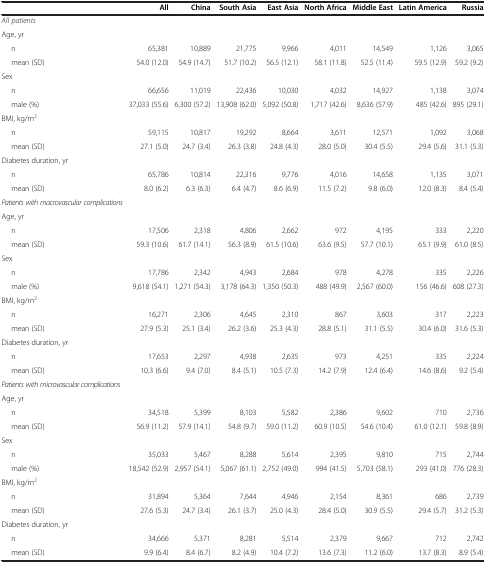
<table><thead><tr><td><b> </b></td><td><b>All</b></td><td><b>China</b></td><td><b>South Asia</b></td><td><b>East Asia</b></td><td><b>North Africa</b></td><td><b>Middle East</b></td><td><b>Latin America</b></td><td><b>Russia</b></td></tr></thead><tbody><tr><td><i>All patients</i></td><td> </td><td> </td><td> </td><td> </td><td> </td><td> </td><td> </td><td> </td></tr><tr><td>Age, yr</td><td> </td><td> </td><td> </td><td> </td><td> </td><td> </td><td> </td><td> </td></tr><tr><td>n</td><td>65,381</td><td>10,889</td><td>21,775</td><td>9,966</td><td>4,011</td><td>14,549</td><td>1,126</td><td>3,065</td></tr><tr><td>mean (SD)</td><td>54.0 (12.0)</td><td>54.9 (14.7)</td><td>51.7 (10.2)</td><td>56.5 (12.1)</td><td>58.1 (11.8)</td><td>52.5 (11.4)</td><td>59.5 (12.9)</td><td>59.2 (9.2)</td></tr><tr><td>Sex</td><td> </td><td> </td><td> </td><td> </td><td> </td><td> </td><td> </td><td> </td></tr><tr><td>n</td><td>66,656</td><td>11,019</td><td>22,436</td><td>10,030</td><td>4,032</td><td>14,927</td><td>1,138</td><td>3,074</td></tr><tr><td>male (%)</td><td>37,033 (55.6)</td><td>6,300 (57.2)</td><td>13,908 (62.0)</td><td>5,092 (50.8)</td><td>1,717 (42.6)</td><td>8,636 (57.9)</td><td>485 (42.6)</td><td>895 (29.1)</td></tr><tr><td>BMI, kg/m<sup>2</sup></td><td> </td><td> </td><td> </td><td> </td><td> </td><td> </td><td> </td><td> </td></tr><tr><td>n</td><td>59,115</td><td>10,817</td><td>19,292</td><td>8,664</td><td>3,611</td><td>12,571</td><td>1,092</td><td>3,068</td></tr><tr><td>mean (SD)</td><td>27.1 (5.0)</td><td>24.7 (3.4)</td><td>26.3 (3.8)</td><td>24.8 (4.3)</td><td>28.0 (5.0)</td><td>30.4 (5.5)</td><td>29.4 (5.6)</td><td>31.1 (5.3)</td></tr><tr><td>Diabetes duration, yr</td><td> </td><td> </td><td> </td><td> </td><td> </td><td> </td><td> </td><td> </td></tr><tr><td>n</td><td>65,786</td><td>10,814</td><td>22,316</td><td>9,776</td><td>4,016</td><td>14,658</td><td>1,135</td><td>3,071</td></tr><tr><td>mean (SD)</td><td>8.0 (6.2)</td><td>6.3 (6.3)</td><td>6.4 (4.7)</td><td>8.6 (6.9)</td><td>11.5 (7.2)</td><td>9.8 (6.0)</td><td>12.0 (8.3)</td><td>8.4 (5.4)</td></tr><tr><td><i>Patients with macrovascular complications</i></td><td> </td><td> </td><td> </td><td> </td><td> </td><td> </td><td> </td><td> </td></tr><tr><td>Age, yr</td><td> </td><td> </td><td> </td><td> </td><td> </td><td> </td><td> </td><td> </td></tr><tr><td>n</td><td>17,506</td><td>2,318</td><td>4,806</td><td>2,662</td><td>972</td><td>4,195</td><td>333</td><td>2,220</td></tr><tr><td>mean (SD)</td><td>59.3 (10.6)</td><td>61.7 (14.1)</td><td>56.3 (8.9)</td><td>61.5 (10.6)</td><td>63.6 (9.5)</td><td>57.7 (10.1)</td><td>65.1 (9.9)</td><td>61.0 (8.5)</td></tr><tr><td>Sex</td><td> </td><td> </td><td> </td><td> </td><td> </td><td> </td><td> </td><td> </td></tr><tr><td>n</td><td>17,786</td><td>2,342</td><td>4,943</td><td>2,684</td><td>978</td><td>4,278</td><td>335</td><td>2,226</td></tr><tr><td>male (%)</td><td>9,618 (54.1)</td><td>1,271 (54.3)</td><td>3,178 (64.3)</td><td>1,350 (50.3)</td><td>488 (49.9)</td><td>2,567 (60.0)</td><td>156 (46.6)</td><td>608 (27.3)</td></tr><tr><td>BMI, kg/m<sup>2</sup></td><td> </td><td> </td><td> </td><td> </td><td> </td><td> </td><td> </td><td> </td></tr><tr><td>n</td><td>16,271</td><td>2,306</td><td>4,645</td><td>2,310</td><td>867</td><td>3,603</td><td>317</td><td>2,223</td></tr><tr><td>mean (SD)</td><td>27.9 (5.3)</td><td>25.1 (3.4)</td><td>26.2 (3.6)</td><td>25.3 (4.3)</td><td>28.8 (5.1)</td><td>31.1 (5.5)</td><td>30.4 (6.0)</td><td>31.6 (5.3)</td></tr><tr><td>Diabetes duration, yr</td><td> </td><td> </td><td> </td><td> </td><td> </td><td> </td><td> </td><td> </td></tr><tr><td>n</td><td>17,653</td><td>2,297</td><td>4,938</td><td>2,635</td><td>973</td><td>4,251</td><td>335</td><td>2,224</td></tr><tr><td>mean (SD)</td><td>10.3 (6.6)</td><td>9.4 (7.0)</td><td>8.4 (5.1)</td><td>10.5 (7.3)</td><td>14.2 (7.9)</td><td>12.4 (6.4)</td><td>14.6 (8.6)</td><td>9.2 (5.4)</td></tr><tr><td><i>Patients with microvascular complications</i></td><td> </td><td> </td><td> </td><td> </td><td> </td><td> </td><td> </td><td> </td></tr><tr><td>Age, yr</td><td> </td><td> </td><td> </td><td> </td><td> </td><td> </td><td> </td><td> </td></tr><tr><td>n</td><td>34,518</td><td>5,399</td><td>8,103</td><td>5,582</td><td>2,386</td><td>9,602</td><td>710</td><td>2,736</td></tr><tr><td>mean (SD)</td><td>56.9 (11.2)</td><td>57.9 (14.1)</td><td>54.8 (9.7)</td><td>59.0 (11.2)</td><td>60.9 (10.5)</td><td>54.6 (10.4)</td><td>61.0 (12.1)</td><td>59.8 (8.9)</td></tr><tr><td>Sex</td><td> </td><td> </td><td> </td><td> </td><td> </td><td> </td><td> </td><td> </td></tr><tr><td>n</td><td>35,033</td><td>5,467</td><td>8,288</td><td>5,614</td><td>2,395</td><td>9,810</td><td>715</td><td>2,744</td></tr><tr><td>male (%)</td><td>18,542 (52.9)</td><td>2,957 (54.1)</td><td>5,067 (61.1)</td><td>2,752 (49.0)</td><td>994 (41.5)</td><td>5,703 (58.1)</td><td>293 (41.0)</td><td>776 (28.3)</td></tr><tr><td>BMI, kg/m<sup>2</sup></td><td> </td><td> </td><td> </td><td> </td><td> </td><td> </td><td> </td><td> </td></tr><tr><td>n</td><td>31,894</td><td>5,364</td><td>7,644</td><td>4,946</td><td>2,154</td><td>8,361</td><td>686</td><td>2,739</td></tr><tr><td>mean (SD)</td><td>27.6 (5.3)</td><td>24.7 (3.4)</td><td>26.1 (3.7)</td><td>25.0 (4.3)</td><td>28.4 (5.0)</td><td>30.9 (5.5)</td><td>29.4 (5.7)</td><td>31.2 (5.3)</td></tr><tr><td>Diabetes duration, yr</td><td> </td><td> </td><td> </td><td> </td><td> </td><td> </td><td> </td><td> </td></tr><tr><td>n</td><td>34,666</td><td>5,371</td><td>8,281</td><td>5,514</td><td>2,379</td><td>9,667</td><td>712</td><td>2,742</td></tr><tr><td>mean (SD)</td><td>9.9 (6.4)</td><td>8.4 (6.7)</td><td>8.2 (4.9)</td><td>10.4 (7.2)</td><td>13.6 (7.3)</td><td>11.2 (6.0)</td><td>13.7 (8.3)</td><td>8.9 (5.4)</td></tr></tbody></table>